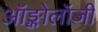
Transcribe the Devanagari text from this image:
ऑङ्कोलॉजी